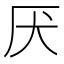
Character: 厌